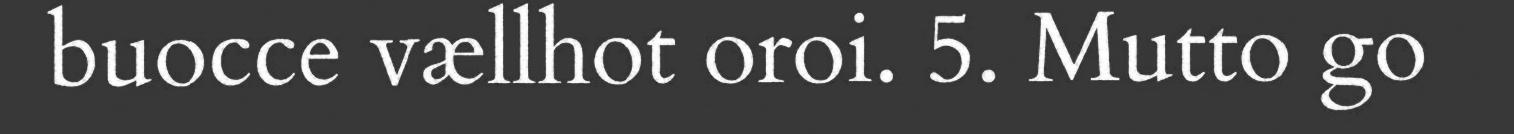
buocce vællhot oroi. 5. Mutto go